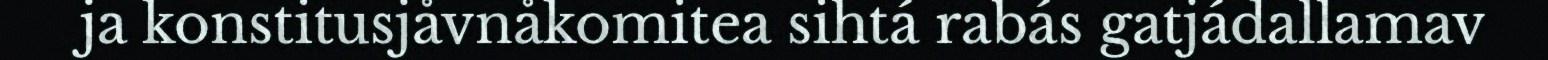
ja konstitusjåvnåkomitea sihtá rabás gatjádallamav